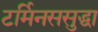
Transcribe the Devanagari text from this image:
टर्मिनससुद्धा